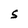
Character: S